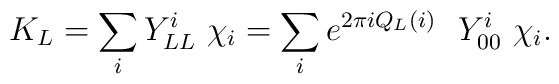
K_L = \sum_i Y_{LL}^i \ \chi_i = \sum_i e^{2\pi i Q_L(i)} \ \ Y_{00}^i \  \chi_i.